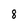
Character: 8